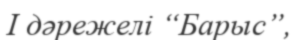
І дәрежелі “Барыс”,